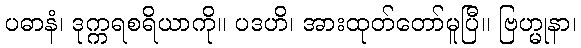
ပဓာနံ၊ ဒုက္ကရစရိယာကို။ ပဒဟိ၊ အားထုတ်တော်မူပြီ။ ဗြဟ္မုနာ၊